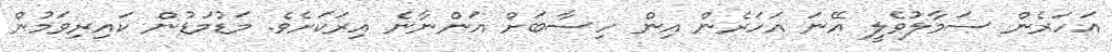
އަހަރެން ސަމާލުވެލީ އޭނަ އަހަރެން އިން ހިސާބަށް އަންނާނެ އިރަކަށެވެ. މަޑުމަޑުން ކައިރިވަމުން